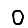
Digit: 0